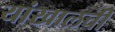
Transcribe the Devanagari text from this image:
यांखालची